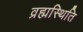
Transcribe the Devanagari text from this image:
व्रह्मस्थिति